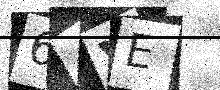
Text: 64VE